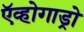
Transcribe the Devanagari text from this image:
ऍव्होगाड्रो